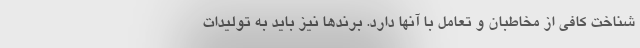
شناخت کافی از مخاطبان و تعامل با آنها دارد. برندها نیز باید به تولیدات